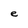
Character: e